Indian journal of veterinary science and animal husbandry - Volume 6,
Year: 1936
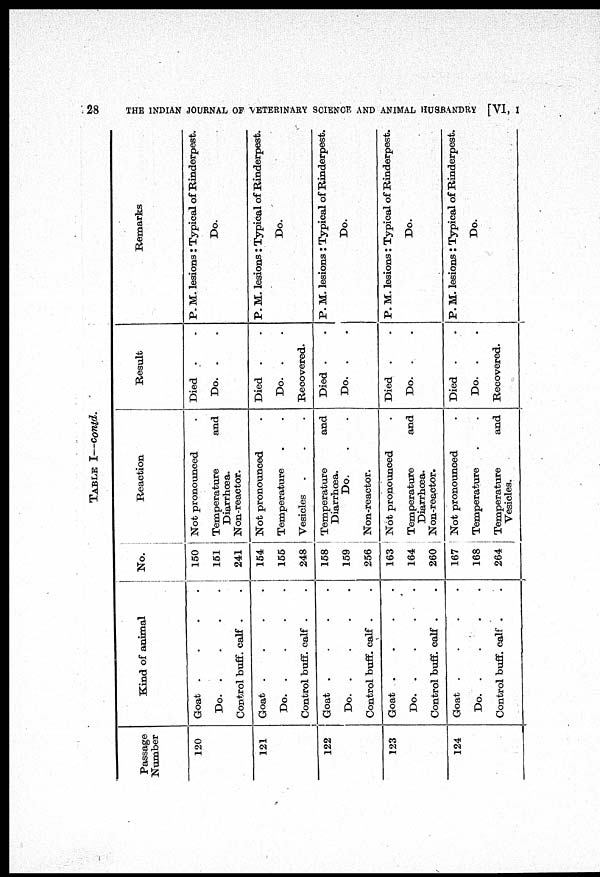
28
THE INDIAN JOURNAL OF VETERINARY SCIENCE AND ANIMAL HUSBANDRY [VI, I
TABLE I—contd.
Passage
Number
120
121
122
123
124
Kind of animal
Goat . . . .
Do. . . . .
Control buff. calf . .
Goat . . . .
Do. . . . .
Control buff. calf . .
Goat . . . .
Do. . . . .
Control buff. calf . .
Goat . . . .
Do. . . . .
Control buff. calf . .
Goat . . . .
Do. . . . .
Control buff. calf . .
No.
150
151
241
154
155
248
158
159
256
163
164
260
167
168
264
Reaction
Not pronounced
.
Temperature and
Diarrhœa.
Non-reactor.
Not pronounced
.
Temperature
.
.
Vesicles
.
.
.
Temperature and
Diarrhœa.
Do. . .
Non-reactor.
Not pronounced
.
Temperature and
Diarrhœa.
Non-reactor.
Not pronounced .
Temperature . .
Temperature and
Vesicles.
Result
Died . .
Do. .
.
Died . .
Do. .
.
Recovered.
Died . .
Do. .
.
Died . .
Do. . .
Died . .
Do. . .
Recovered.
Remarks
P. M. lesions: Typical of Rinderpest.
Do.
P. M. lesions: Typical of Rinderpest.
Do.
P. M. lesions : Typical of Rinderpest.
Do.
P. M. lesions: Typical of Rinderpest.
Do.
P. M. lesions: Typical of Rinderpest.
Do.